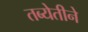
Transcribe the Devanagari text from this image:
तब्येतीने